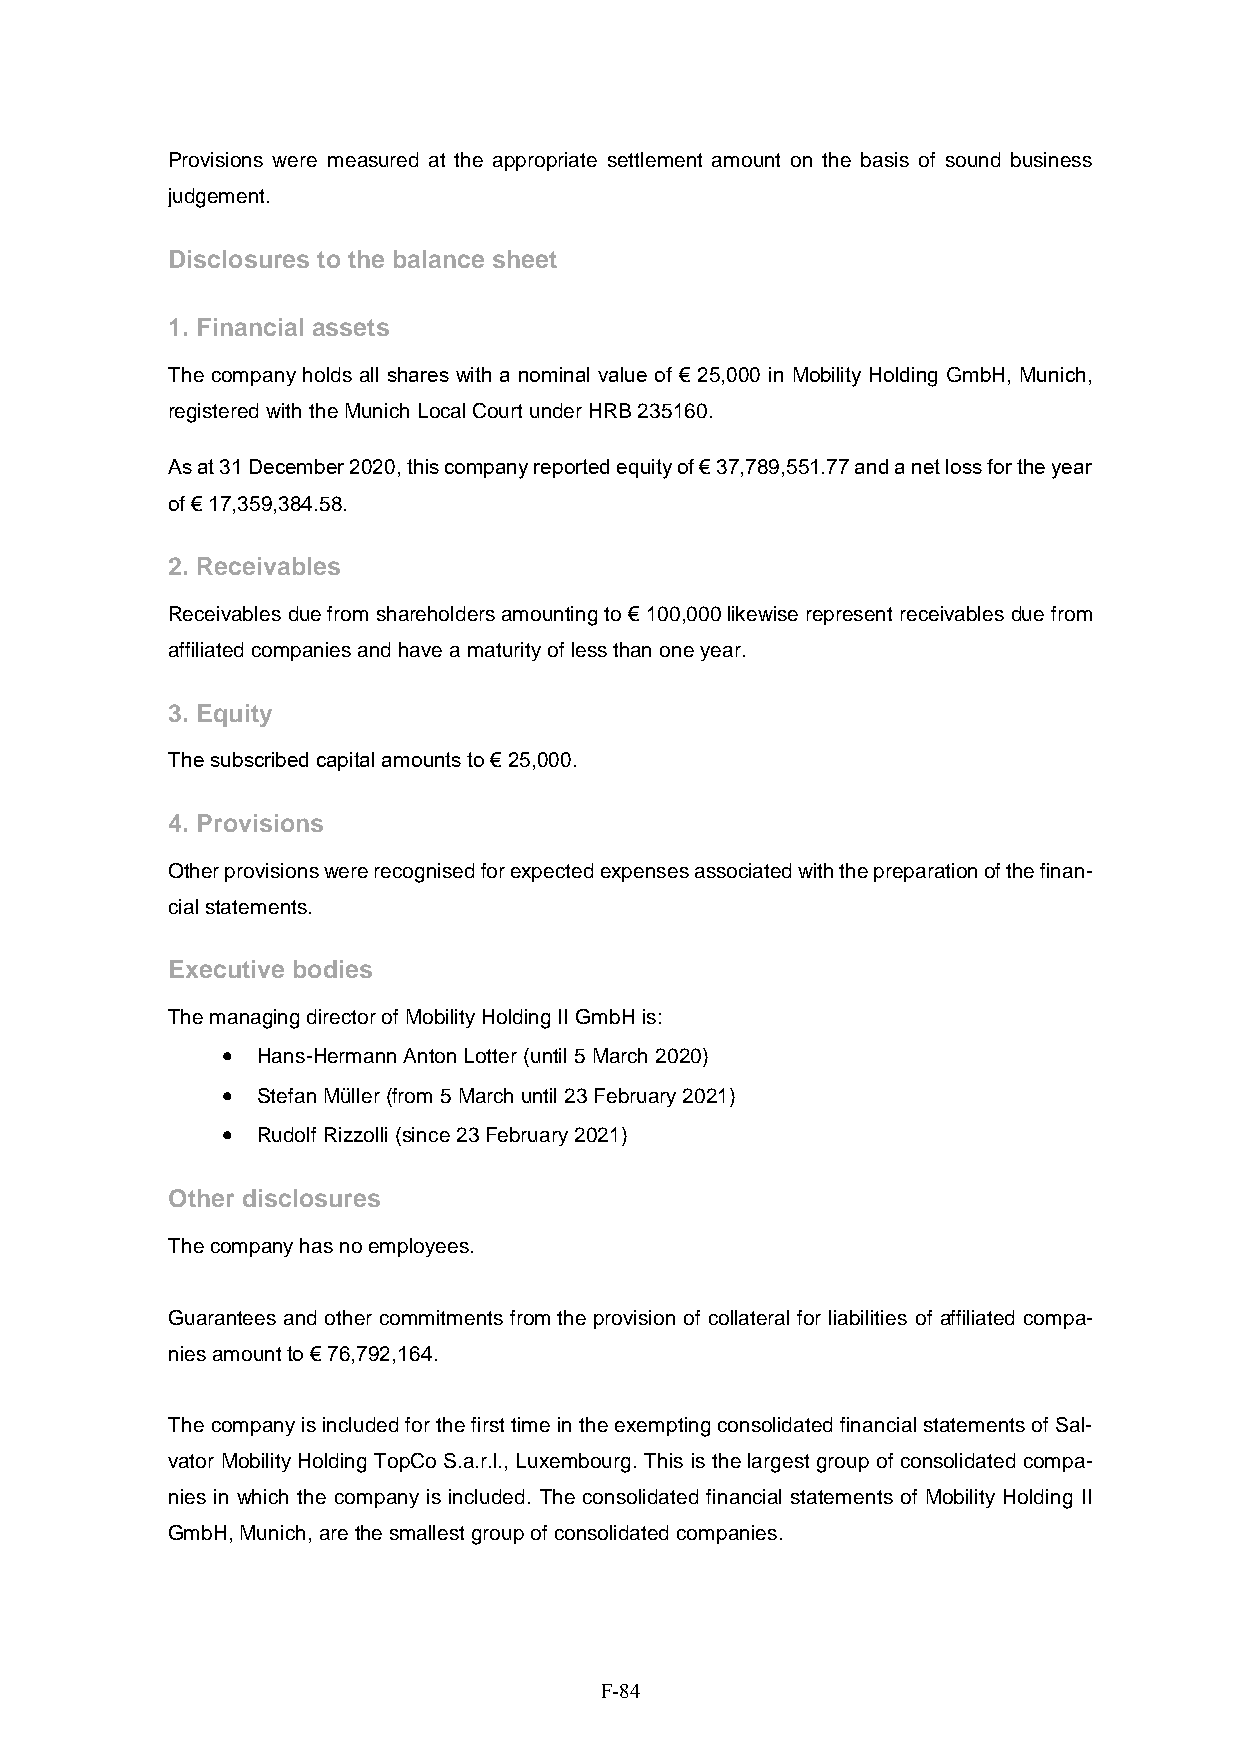
Provisions were measured at the appropriate settlement amount on the basis of sound business
 judgement.
 Disclosures to the balance sheet
 1. Financial assets
 The company holds all shares with a nominal value of € 25,000 in Mobility Holding GmbH, Munich,
 registered with the Munich Local Court under HRB 235160.
 As at 31 December 2020, this company reported equity of € 37,789,551.77 and a net loss for the year
 of € 17,359,384.58.
 2. Receivables
 Receivables due from shareholders amounting to € 100,000 likewise represent receivables due from
 affiliated companies and have a maturity of less than one year.
 3. Equity
 The subscribed capital amounts to € 25,000.
 4. Provisions
 Other provisions were recognised for expected expenses associated with the preparation of the finan-
 cial statements.
 Executive bodies
 The managing director of Mobility Holding II GmbH is:
  Hans-Hermann Anton Lotter (until 5 March 2020)
  Stefan Müller (from 5 March until 23 February 2021)
  Rudolf Rizzolli (since 23 February 2021)
 Other disclosures
 The company has no employees.
 Guarantees and other commitments from the provision of collateral for liabilities of affiliated compa-
 nies amount to € 76,792,164.
 The company is included for the first time in the exempting consolidated financial statements of Sal-
 vator Mobility Holding TopCo S.a.r.l., Luxembourg. This is the largest group of consolidated compa-
 nies in which the company is included. The consolidated financial statements of Mobility Holding II
 GmbH, Munich, are the smallest group of consolidated companies.
 F-84